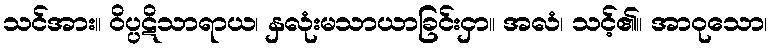
သင်အား။ ဝိပ္ပဋိသာရာယ၊ နှလုံးမသာယာခြင်းငှာ။ အလံ၊ သင့်၏။ အာဝုသော၊